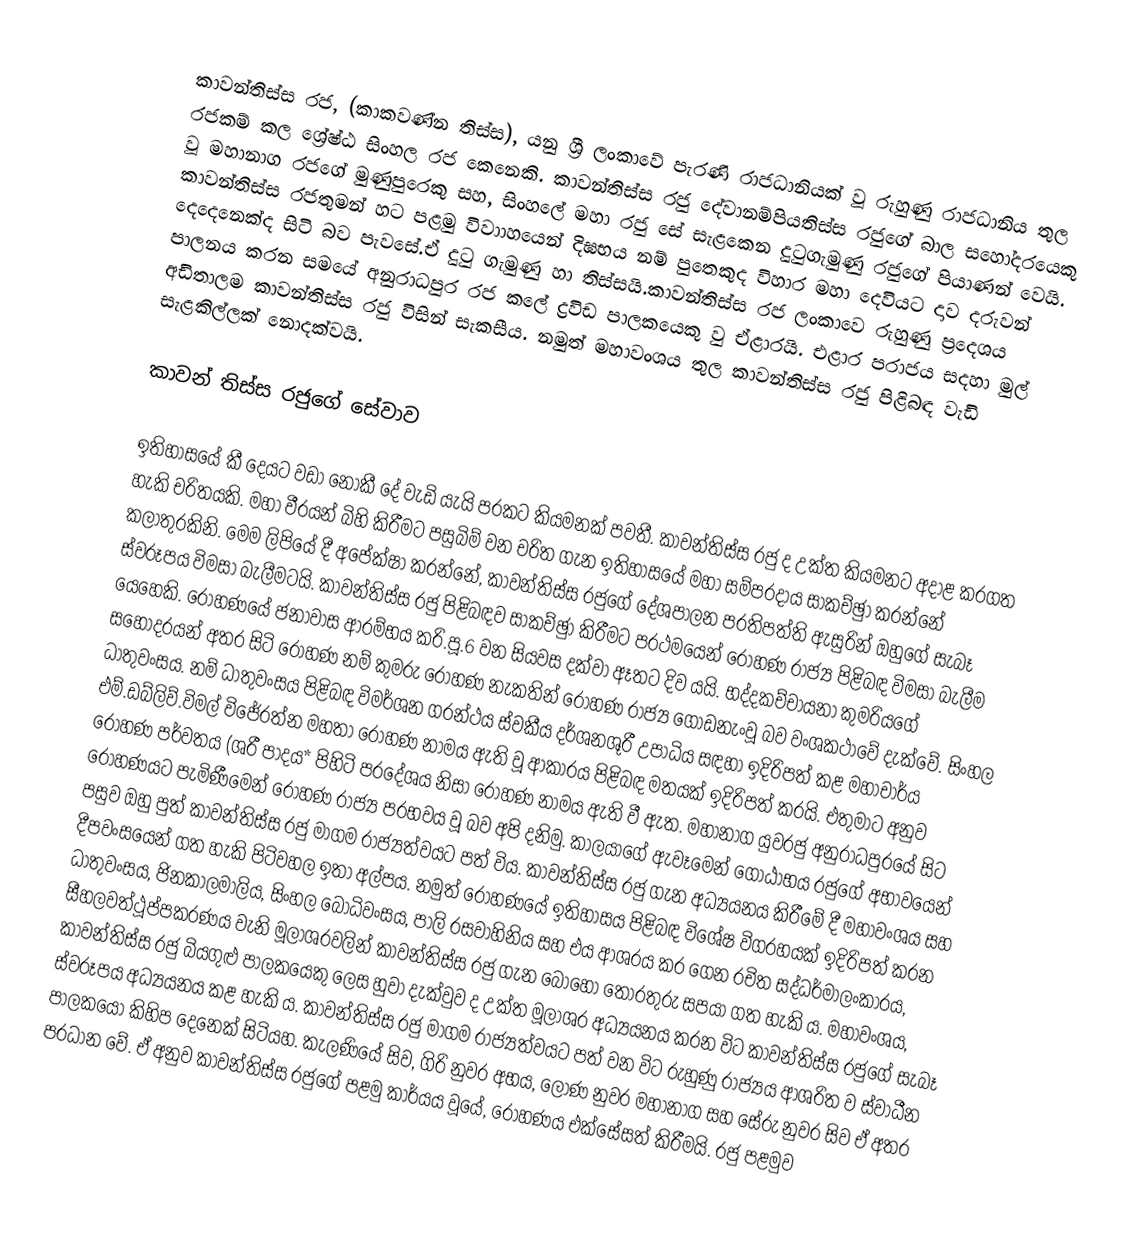
කාවන්තිස්ස රජ, (කාකවණ්න තිස්ස), යනු ශ්‍රී ලංකාවේ පැරණි රාජධානියක් වූ රුහුණු රාජධානිය තුල රජකම් කල ශ්‍රේෂ්ඨ සිංහල රජ කෙනෙකි. කාවන්තිස්ස රජු දේවානම්පියතිස්ස රජුගේ බාල සහෝදරයෙකු වූ මහානාග රජගේ මුණුපුරෙකු සහ, සිංහලේ මහා රජු සේ සැළකෙන දුටුගැමුණු රජුගේ පියාණන් වෙයි. කාවන්තිස්ස රජතුමන් හට පළමු විවාාහයෙන් දිඝභය නම් පුතෙකුද විහාර මහා දෙවියට දාව දරුවන් දෙදෙනෙක්ද සිටි බව පැවසේ.ඒ දුටු ගැමුණු හා තිස්සයි.කාවන්තිස්ස රජ ලංකාවෙ රුහුණු ප්‍රදෙශය පාලනය කරන සමයේ අනුරාධපුර රජ කලේ ද්‍රවිඩ පාලකයෙකු වු ඒළාරයි. එළාර පරාජය සදහා මුල් අඩිතාලම කාවන්තිස්ස රජු විසින් සැකසීය. නමුත් මහාවංශය තුල කාවන්තිස්ස රජු පිළිබඳ වැඩි සැළකිල්ලක් නොදක්වයි.

කාවන් තිස්ස රජුගේ සේවාව

ඉතිහාසයේ කී දෙයට වඩා නොකී දේ වැඩි යැයි ප‍්‍රකට කියමනක් පවතී. කාවන්තිස්ස රජු ද උක්ත කියමනට අදාළ කරගත හැකි චරිතයකි. මහා වීරයන් බිහි කිරීමට පසුබිම් වන චරිත ගැන ඉතිහාසයේ මහා සම්ප‍්‍රදාය සාකච්ඡුා කරන්නේ කලාතුරකිනි. මෙම ලිපියේ දී අපේක්ෂා කරන්නේ, කාවන්තිස්ස රජුගේ දේශපාලන ප‍්‍රතිපත්ති ඇසුරින් ඔහුගේ සැබෑ ස්වරූපය විමසා බැලීමටයි. කාවන්තිස්ස රජු පිළිබඳව සාකච්ඡුා කිරීමට ප‍්‍රථමයෙන් රෝහණ රාජ්‍ය පිළිබඳ විමසා බැලීම යෙහෙකි. රෝහණයේ ජනාවාස ආරම්භය ක‍්‍රි.පූ.6 වන සියවස දක්වා ඈතට දිව යයි. භද්දකච්චායනා කුමරියගේ සහෝදරයන් අතර සිටි රෝහණ නම් කුමරු රෝහණ නැකතින් රෝහණ රාජ්‍ය ගොඩනැංවූ බව වංශකථාවේ දැක්වේ. සිංහල ධාතුවංසය. නම් ධාතුවංසය පිළිබඳ විමර්ශන ග‍්‍රන්ථය ස්වකීය දර්ශනශූරී උපාධිය සඳහා ඉදිරිපත් කළ මහාචාර්ය එම්.ඩබ්ලිව්.විමල් විජේරත්න මහතා රෝහණ නාමය ඇති වූ ආකාරය පිළිබඳ මතයක් ඉදිරිපත් කරයි. එතුමාට අනුව රෝහණ පර්වතය (ශ‍්‍රී පාදය* පිහිටි ප‍්‍රදේශය නිසා රෝහණ නාමය ඇති වී ඇත. මහානාග යුවරජු අනුරාධපුරයේ සිට රෝහණයට පැමිණීමෙන් රෝහණ රාජ්‍ය ප‍්‍රභවය වූ බව අපි දනිමු. කාලයාගේ ඇවෑමෙන් ගෝඨාභය රජුගේ අභාවයෙන් පසුව ඔහු පුත් කාවන්තිස්ස රජු මාගම රාජ්‍යත්වයට පත් විය. කාවන්තිස්ස රජු ගැන අධ්‍යයනය කිරීමේ දී මහාවංශය සහ දීපවංසයෙන් ගත හැකි පිටිවහල ඉතා අල්පය. නමුත් රෝහණයේ ඉතිහාසය පිළිබඳ විශේෂ විග‍්‍රහයක් ඉදිරිපත් කරන ධාතුවංසය, ජිනකාලමාලිය, සිංහල බෝධිවංසය, පාලි රසවාහිනිය සහ එය ආශ‍්‍රය කර ගෙන රචිත සද්ධර්මාලංකාරය, සීහලවත්ථූප්පකරණය වැනි මූලාශ‍්‍රවලින් කාවන්තිස්ස රජු ගැන බොහෝ තොරතුරු සපයා ගත හැකි ය. මහාවංශය, කාවන්තිස්ස රජු බියගුළු පාලකයෙකු ලෙස හුවා දැක්වුව ද උක්ත මූලාශ‍්‍ර අධ්‍යයනය කරන විට කාවන්තිස්ස රජුගේ සැබෑ ස්වරූපය අධ්‍යයනය කළ හැකි ය. කාවන්තිස්ස රජු මාගම රාජ්‍යත්වයට පත් වන විට රුහුණු රාජ්‍යය ආශ‍්‍රිත ව ස්වාධීන පාලකයෝ කිහිප දෙනෙක් සිටියහ. කැලණියේ සිව, ගිරි නුවර අභය, ලෝණ නුවර මහානාග සහ සේරු නුවර සිව ඒ අතර ප‍්‍රධාන වේ. ඒ අනුව කාවන්තිස්ස රජුගේ පළමු කාර්යය වූයේ, රෝහණය එක්සේසත් කිරීමයි. රජු පළමුව